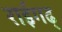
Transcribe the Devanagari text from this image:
राईगढ्